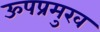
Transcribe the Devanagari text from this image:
ऊपप्रमुख